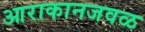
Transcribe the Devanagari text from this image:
आराकानजवळ